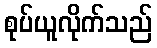
စုပ်ယူလိုက်သည်